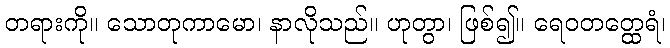
တရားကို။ သောတုကာမော၊ နာလိုသည်။ ဟုတွာ၊ ဖြစ်၍။ ရေဝတတ္ထေရံ၊